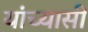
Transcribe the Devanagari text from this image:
यांच्यासी